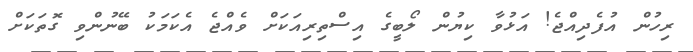
ރިހުން އުފެދިއްޖެ! އަޅުވާ ކިޔުން ލޯބީގެ އިސްތިރިއަކަށް ވެއްޖެ އެކަމަކު ބޭނުންވި ގޮތަކަށް